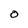
Character: O